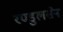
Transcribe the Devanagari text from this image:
रण्डुलसेन